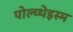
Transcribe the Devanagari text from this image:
पोल्य्थेइस्म